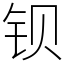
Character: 钡